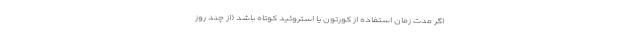
اگر مدت زمان استفاده از کورتون یا استروئید کوتاه باشد (از چند روز